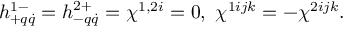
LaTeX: h _ { + q \dot { q } } ^ { 1 - } = h _ { - q \dot { q } } ^ { 2 + } = \chi ^ { 1 , 2 i } = 0 , \ \chi ^ { 1 i j k } = - \chi ^ { 2 i j k } .